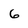
Character: 6